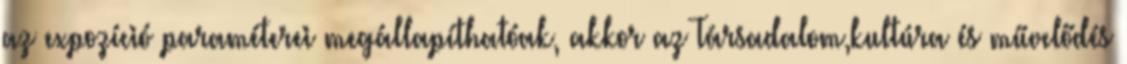
az expozíció paraméterei megállapíthatóak, akkor az Társadalom,kultúra és művelődés